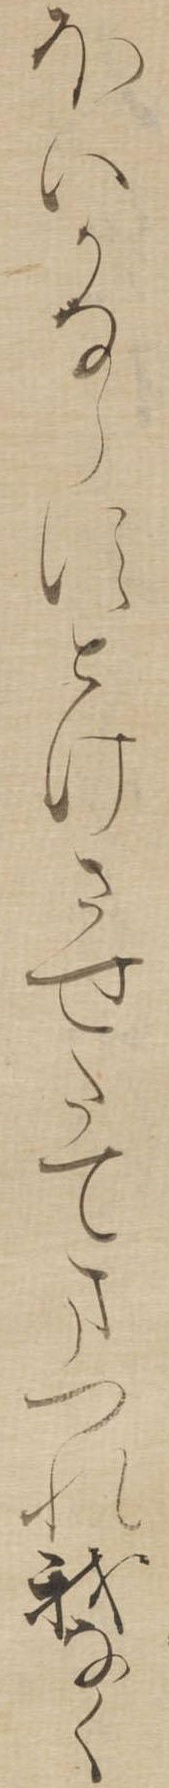
ほいかならすとけさせたてまつれ我なく